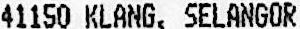
41150 KLANG, SELANGOR